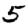
Digit: 5